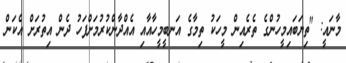
މާނައީ: "ތިޔަބައިމީހުންގެ ތެރެއިން މީހަކު ތިމާގެ އަނބީމީހާއާއި އެއްދާންކުރުމަށްފަހު ދެން އިތުރަށް އެކަން